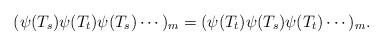
LaTeX: \begin{align*}(\psi(T_s)\psi(T_t)\psi(T_s)\cdots)_m=(\psi(T_t)\psi(T_s)\psi(T_t)\cdots)_m.\end{align*}